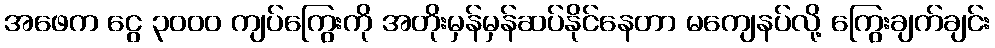
အဖေက ငွေ ၃၀၀၀ ကျပ်ကြွေးကို အတိုးမှန်မှန်ဆပ်နိုင်နေတာ မကျေနပ်လို့ ကြွေးချက်ချင်း